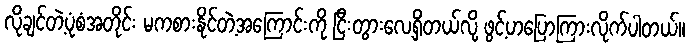
လိုချင်တဲ့ပုံစံအတိုင်း မကစားနိုင်တဲ့အကြောင်းကို ငြီးတွားလေ့ရှိတယ်လို့ ဖွင့်ဟပြောကြားလိုက်ပါတယ်။